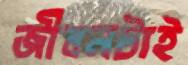
জীবনটাই